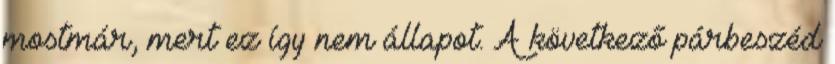
mostmár, mert ez így nem állapot. A következő párbeszéd